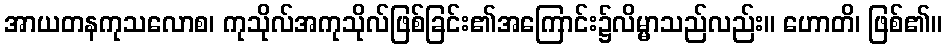
အာယတနကုသလောစ၊ ကုသိုလ်အကုသိုလ်ဖြစ်ခြင်း၏အကြောင်း၌လိမ္မာသည်လည်း။ ဟောတိ၊ ဖြစ်၏။